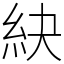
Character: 䊽